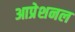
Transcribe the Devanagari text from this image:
आप्रेशनल